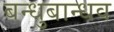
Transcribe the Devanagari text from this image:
बन्धुबान्धव